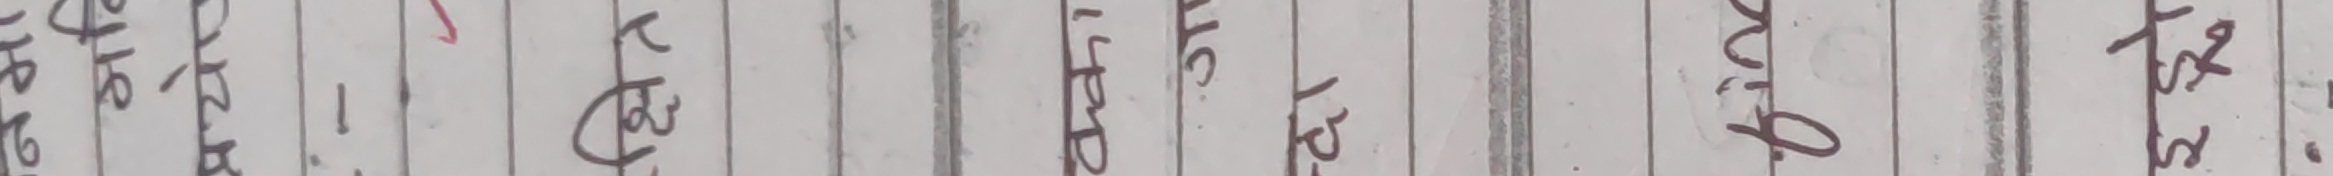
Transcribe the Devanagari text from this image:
२०७९१६ र १ पु चुम्ब अङ्ग प्रिय हरू पहिले